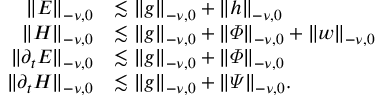
\begin{array} { r l } { \lVert E \rVert _ { - \nu , 0 } } & { \lesssim \lVert g \rVert _ { - \nu , 0 } + \lVert h \rVert _ { - \nu , 0 } } \\ { \lVert H \rVert _ { - \nu , 0 } } & { \lesssim \lVert g \rVert _ { - \nu , 0 } + \lVert \varPhi \rVert _ { - \nu , 0 } + \lVert w \rVert _ { - \nu , 0 } } \\ { \lVert \partial _ { t } E \rVert _ { - \nu , 0 } } & { \lesssim \lVert g \rVert _ { - \nu , 0 } + \lVert \varPhi \rVert _ { - \nu , 0 } } \\ { \lVert \partial _ { t } H \rVert _ { - \nu , 0 } } & { \lesssim \lVert g \rVert _ { - \nu , 0 } + \lVert \varPsi \rVert _ { - \nu , 0 } . } \end{array}